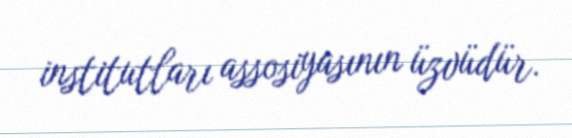
institutları assosiyasının üzvüdür.